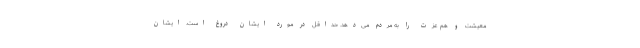
معیشت و هم عزت را به مردم می‌دهد. حداقل در مورد ایشان دروغ است. ایشان